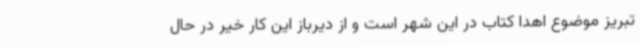
تبریز موضوع اهدا کتاب در این شهر است و از دیرباز این کار خیر در حال